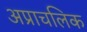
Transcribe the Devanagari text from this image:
अप्राचलिक